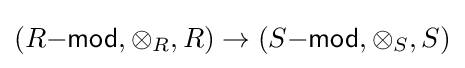
(R{\mathsf {-mod}},\otimes _{R},R)\to (S{\mathsf {-mod}},\otimes _{S},S)